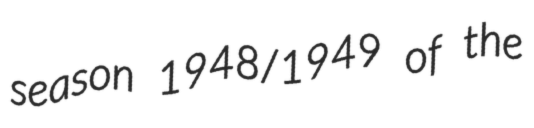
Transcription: season 1948/1949 of the